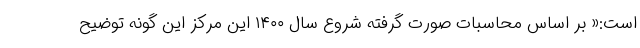
است:« بر اساس محاسبات صورت گرفته شروع سال ۱۴۰۰ این مرکز این گونه توضیح